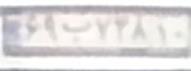
۶۹ب۷۲۸۱۰